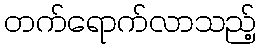
တက်ရောက်လာသည့်